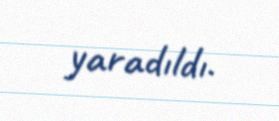
yaradıldı.